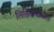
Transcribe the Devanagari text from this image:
लिखितवान्प्रातः